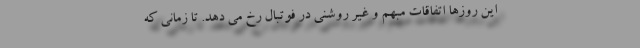
این روزها اتفاقات مبهم و غیر روشنی در فوتبال رخ می دهد. تا زمانی که